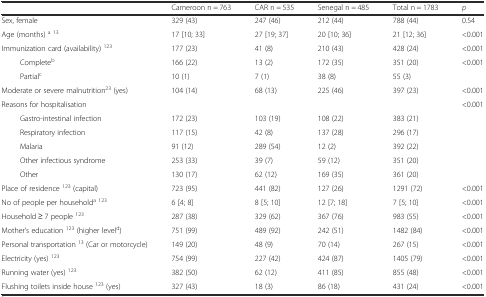
<table><thead><tr><td></td><td><b>Cameroon n = 763</b></td><td><b>CAR n = 535</b></td><td><b>Senegal n = 485</b></td><td><b>Total n = 1783</b></td><td><b><i>p</i></b></td></tr></thead><tbody><tr><td>Sex, female</td><td>329 (43)</td><td>247 (46)</td><td>212 (44)</td><td>788 (44)</td><td>0.54</td></tr><tr><td>Age (months) <sup>a</sup><sup>13</sup></td><td>17 [10; 33]</td><td>27 [19; 37]</td><td>20 [10; 36]</td><td>21 [12; 36]</td><td>&lt;0.001</td></tr><tr><td>Immunization card (availability) <sup>123</sup></td><td>177 (23)</td><td>41 (8)</td><td>210 (43)</td><td>428 (24)</td><td>&lt;0.001</td></tr><tr><td>Complete<sup>b</sup></td><td>166 (22)</td><td>13 (2)</td><td>172 (35)</td><td>351 (20)</td><td>&lt;0.001</td></tr><tr><td>Partial<sup>c</sup></td><td>10 (1)</td><td>7 (1)</td><td>38 (8)</td><td>55 (3)</td><td></td></tr><tr><td>Moderate or severe malnutrition<sup>23</sup> (yes)</td><td>104 (14)</td><td>68 (13)</td><td>225 (46)</td><td>397 (23)</td><td>&lt;0.001</td></tr><tr><td>Reasons for hospitalisation</td><td></td><td></td><td></td><td></td><td>&lt;0.001</td></tr><tr><td>Gastro-intestinal infection</td><td>172 (23)</td><td>103 (19)</td><td>108 (22)</td><td>383 (21)</td><td></td></tr><tr><td>Respiratory infection</td><td>117 (15)</td><td>42 (8)</td><td>137 (28)</td><td>296 (17)</td><td></td></tr><tr><td>Malaria</td><td>91 (12)</td><td>289 (54)</td><td>12 (2)</td><td>392 (22)</td><td></td></tr><tr><td>Other infectious syndrome</td><td>253 (33)</td><td>39 (7)</td><td>59 (12)</td><td>351 (20)</td><td></td></tr><tr><td>Other</td><td>130 (17)</td><td>62 (12)</td><td>169 (35)</td><td>361 (20)</td><td></td></tr><tr><td>Place of residence <sup>123</sup> (capital)</td><td>723 (95)</td><td>441 (82)</td><td>127 (26)</td><td>1291 (72)</td><td>&lt;0.001</td></tr><tr><td>No of people per household<sup>a</sup><sup>123</sup></td><td>6 [4; 8]</td><td>8 [5; 10]</td><td>12 [7; 18]</td><td>7 [5; 10]</td><td>&lt;0.001</td></tr><tr><td>Household ≥ 7 people <sup>123</sup></td><td>287 (38)</td><td>329 (62)</td><td>367 (76)</td><td>983 (55)</td><td>&lt;0.001</td></tr><tr><td>Mother’s education <sup>123</sup> (higher level<sup>d</sup>)</td><td>751 (99)</td><td>489 (92)</td><td>242 (51)</td><td>1482 (84)</td><td>&lt;0.001</td></tr><tr><td>Personal transportation <sup>13</sup> (Car or motorcycle)</td><td>149 (20)</td><td>48 (9)</td><td>70 (14)</td><td>267 (15)</td><td>&lt;0.001</td></tr><tr><td>Electricity (yes) <sup>123</sup></td><td>754 (99)</td><td>227 (42)</td><td>424 (87)</td><td>1405 (79)</td><td>&lt;0.001</td></tr><tr><td>Running water (yes) <sup>123</sup></td><td>382 (50)</td><td>62 (12)</td><td>411 (85)</td><td>855 (48)</td><td>&lt;0.001</td></tr><tr><td>Flushing toilets inside house <sup>123</sup> (yes)</td><td>327 (43)</td><td>18 (3)</td><td>86 (18)</td><td>431 (24)</td><td>&lt;0.001</td></tr></tbody></table>